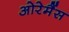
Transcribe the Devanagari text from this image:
ओरेमैंस